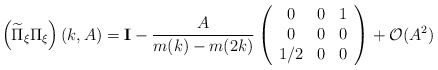
\begin{align*}\left(\widetilde\Pi_\xi\Pi_\xi\right)(k,A)={\bf I}-\frac{A}{m(k)-m(2k)}\left(\begin{array}{ccc}0 & 0 & 1\\ 0 & 0 & 0\\ 1/2 & 0 & 0\end{array}\right)+\mathcal{O}(A^2)\end{align*}